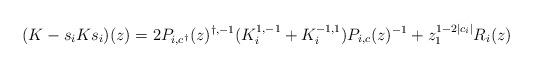
LaTeX: \begin{align*} (K - s_iKs_i)(z) = 2P_{i, c^\dagger}(z)^{\dagger, -1}(K_i^{1, -1} + K_i^{-1, 1})P_{i, c}(z)^{-1} + z_1^{1 - 2|c_i|}R_i(z)\end{align*}